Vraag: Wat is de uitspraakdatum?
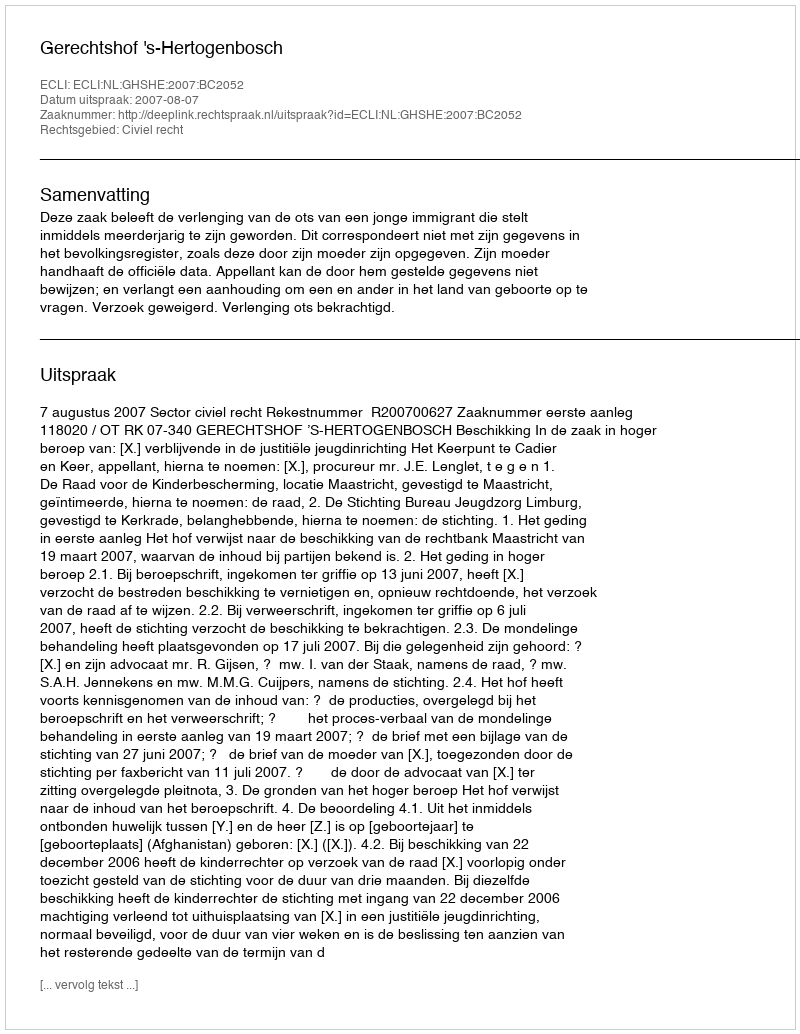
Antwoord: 2007-08-07